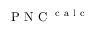
\mathrm { ~ P ~ N ~ C ~ } ^ { \mathrm { ~ c ~ a ~ l ~ c ~ } }